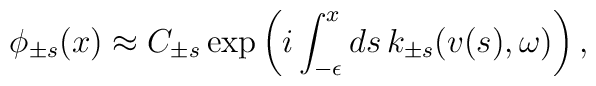
\phi_{\pm s}(x)  \approx   C_{\pm s} \exp\left(i\int_{-\epsilon}^{x}ds\, k_{\pm s}(v(s),\omega)\right),